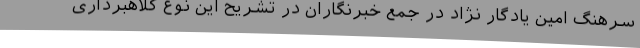
سرهنگ امین یادگار نژاد در جمع خبرنگاران در تشریح این نوع کلاهبرداری